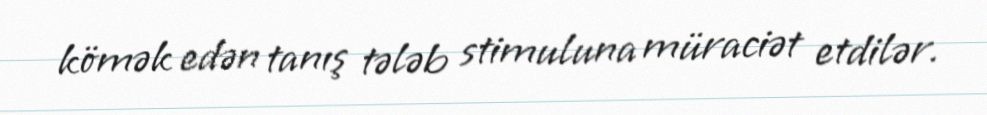
kömək edən tanış tələb stimuluna müraciət etdilər.